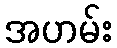
အဟမ်း